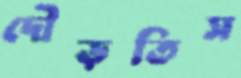
দৌড়তিস